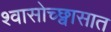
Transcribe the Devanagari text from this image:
श्वासोच्छ्वासात